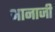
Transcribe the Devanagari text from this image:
भानाजी